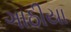
ગાઠીયા